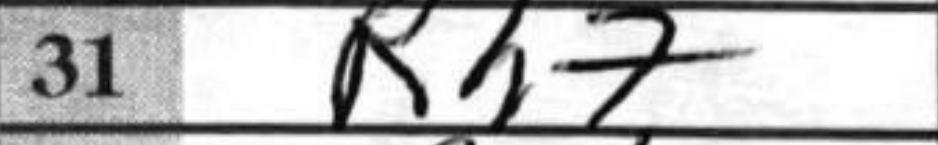
Transcription: Rh7